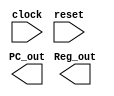
`timescale 1ns / 1ps
//////////////////////////////////////////////////////////////////////////////////
// Company: 
// Engineer: 
// 
// Design Name: 
// Module Name: Top
// Project Name: 
// Target Devices: 
// Tool Versions: 
// Description: 
// 
// Dependencies: 
// 
// Revision:
// Revision 0.01 - File Created
// Additional Comments:
// 
//////////////////////////////////////////////////////////////////////////////////


module Top(clock,reset,PC_out,Reg_out);
input clock,reset;

output[31:0] PC_out;
output[31:0] Reg_out;

    
    
  
endmodule